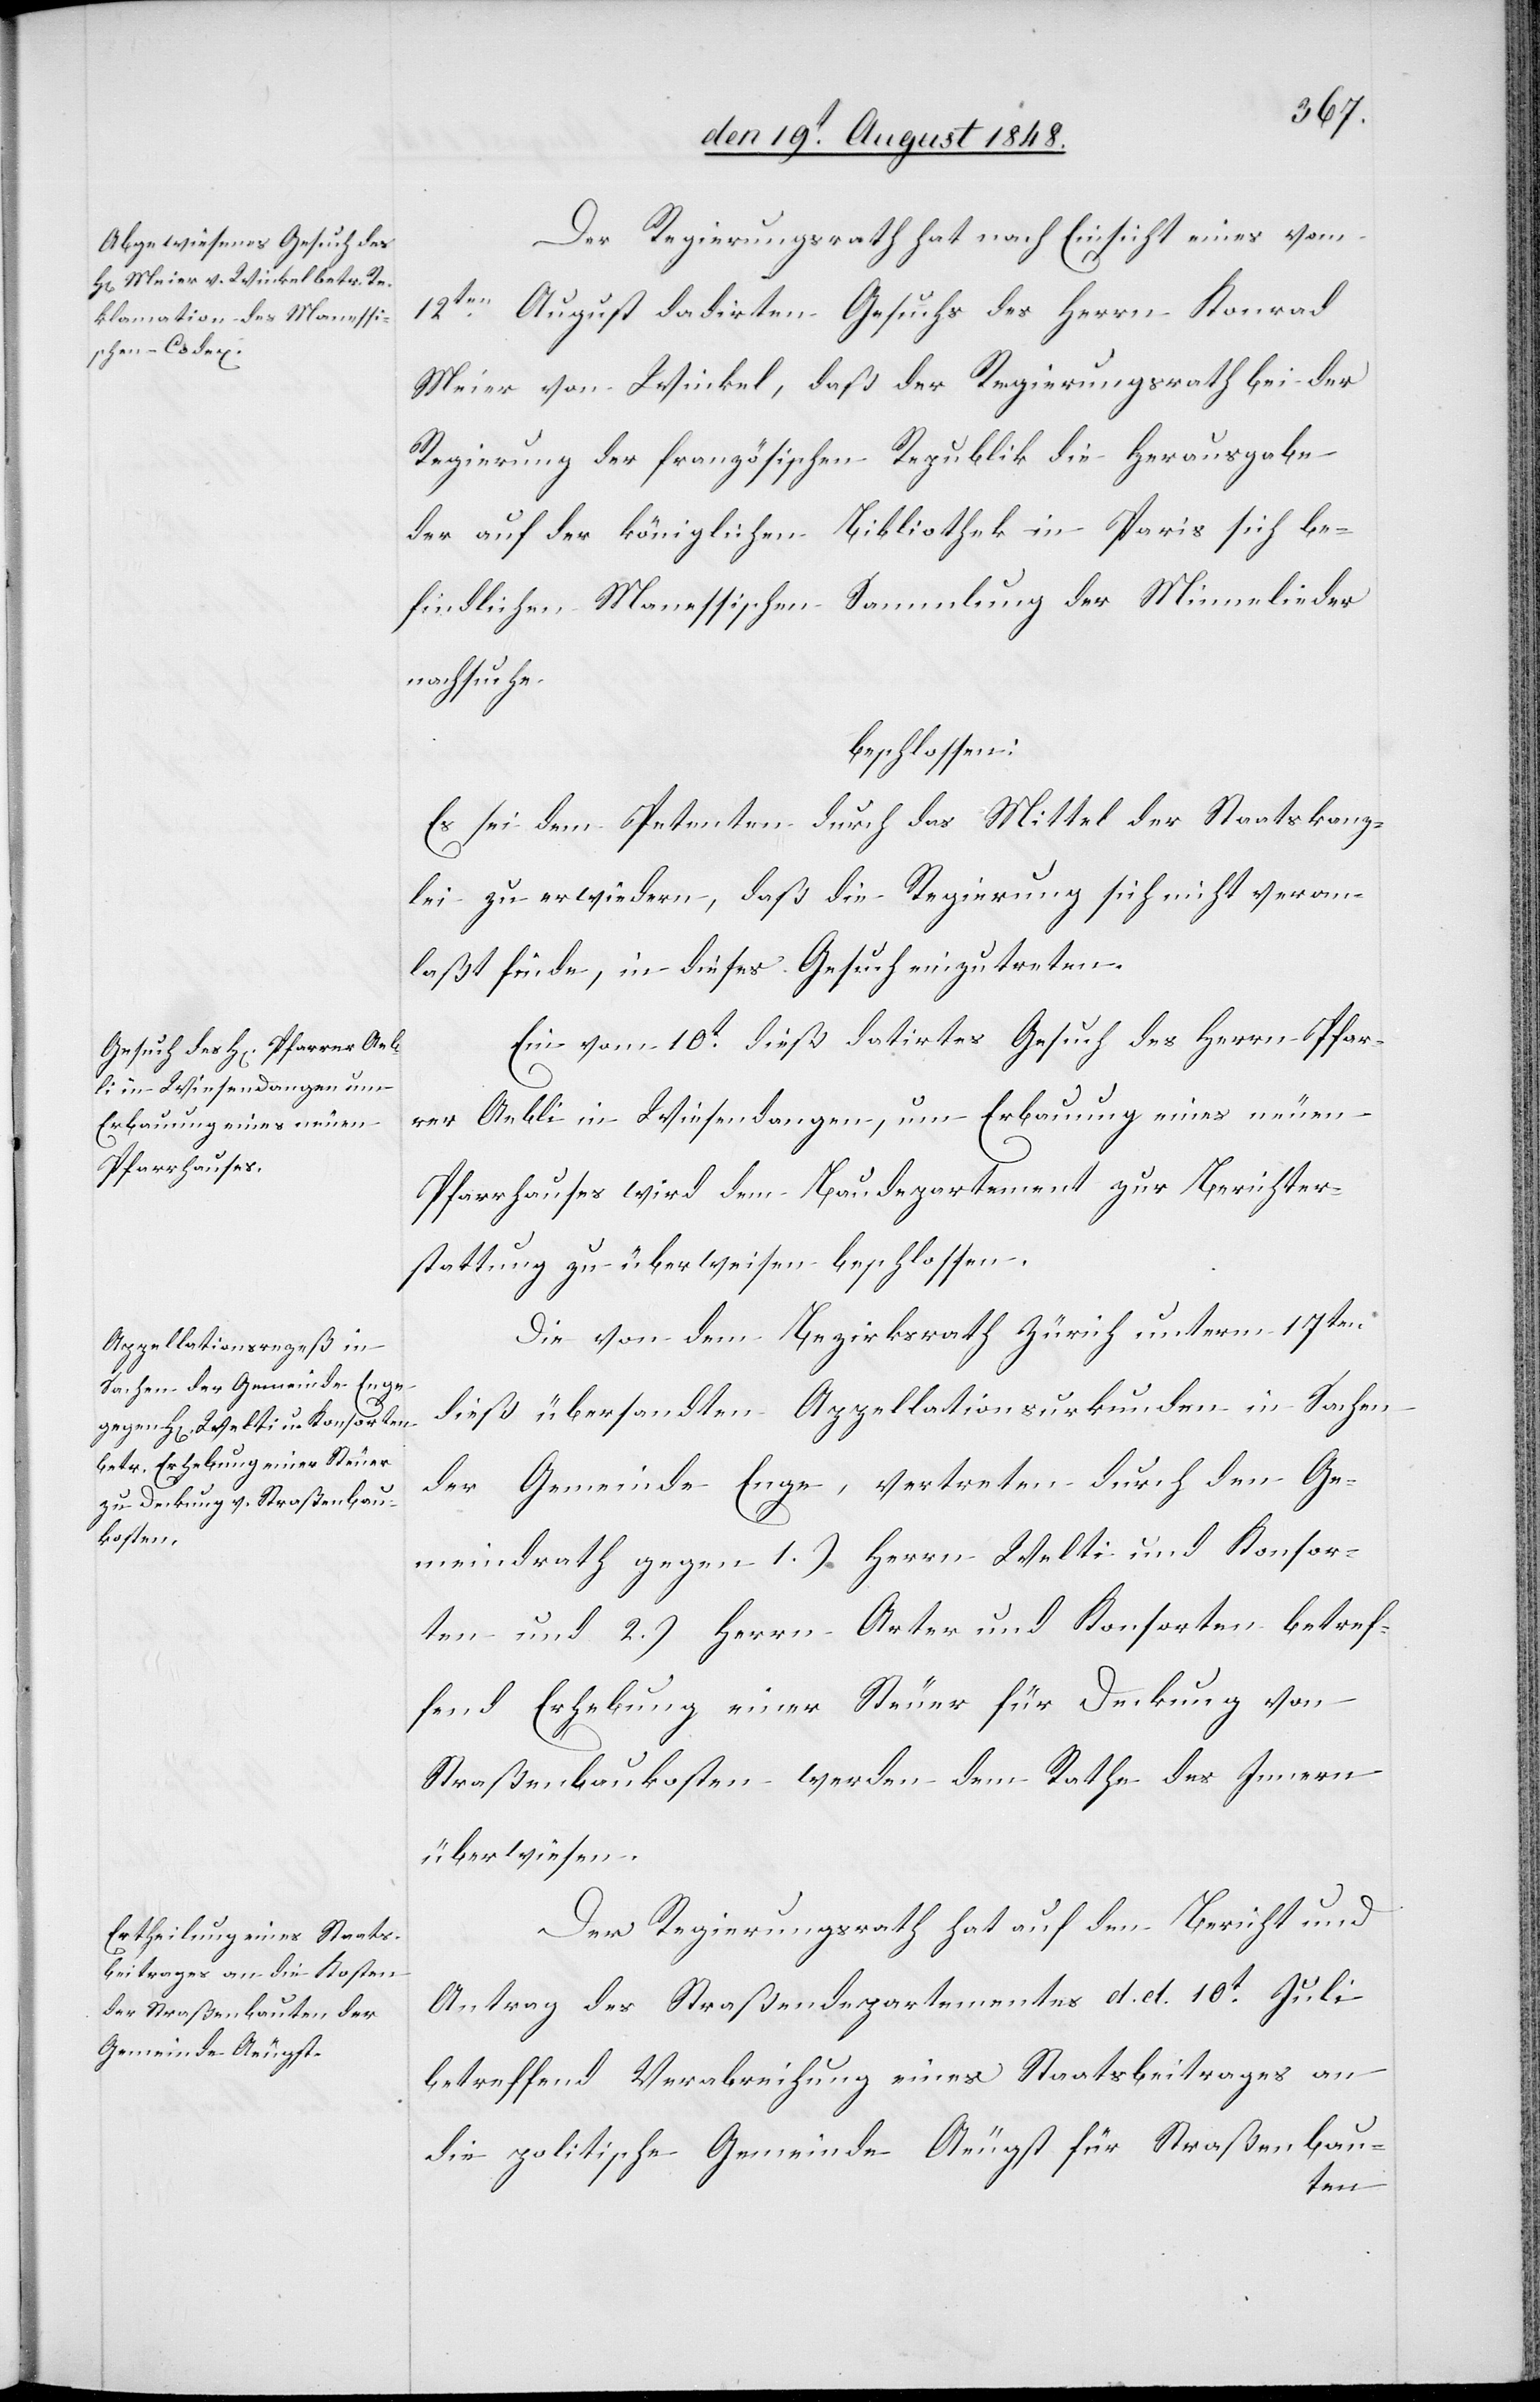
Der Regierungsrath hat nach Einsicht eines vom
12ten August datirten Gesuchs des Herrn Konrad
Meier von Winkel, daß der Regierungsrath bei der
Regierung der französischen Republik die Herausgabe
der auf der königlichen Bibliothek in Paris sich be¬
findlichen Manessischen Sammlung der Minnelieder
nachsuche
beschlossen:
Es sei dem Petenten durch das Mittel der Staatskanz¬
lei zu erwiedern, daß die Regierung sich nicht veran¬
laßt finde, in dieses Gesuch einzutreten.
Ein vom 10t dieß datirtes Gesuch des Herrn Pfar¬
rer Aebli in Wiesendangen, um Erbauung eines neuen
Pfarrhauses wird dem Baudepartement zur Berichter¬
stattung zu überweisen beschlossen.
Die von dem Bezirksrath Zürich unterm 17ten
dieß übersandten Appellationsurkunden in Sachen
der Gemeinde Enge, vertreten durch den Ge¬
meindrath gegen 1.) Herrn Welti und Konsor¬
ten und 2.) Herrn Arter und Konsorten betref¬
fend Erhebung einer Steuer für Deckung von
Straßenbaukosten werden dem Rathe des Innern
überwiesen.
Der Regierungsrath hat auf den Bericht und
Antrag des Straßendepartementes d. d. 10t Juli
betreffend Verabreichung eines Staatsbeitrages an
die politische Gemeinde Aeugst für Straßenbau-